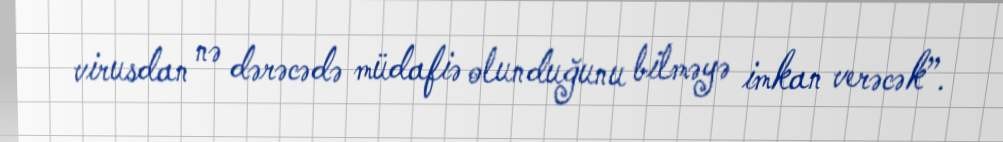
virusdan nə dərəcədə müdafiə olunduğunu bilməyə imkan verəcək”.